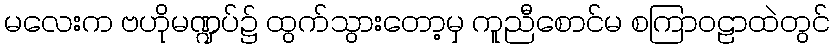
မလေးက ဗဟိုမဏ္ဍပ်၌ ထွက်သွားတော့မှ ကူညီစောင်မ စကြာဝဠာထဲတွင်